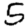
Digit: 5